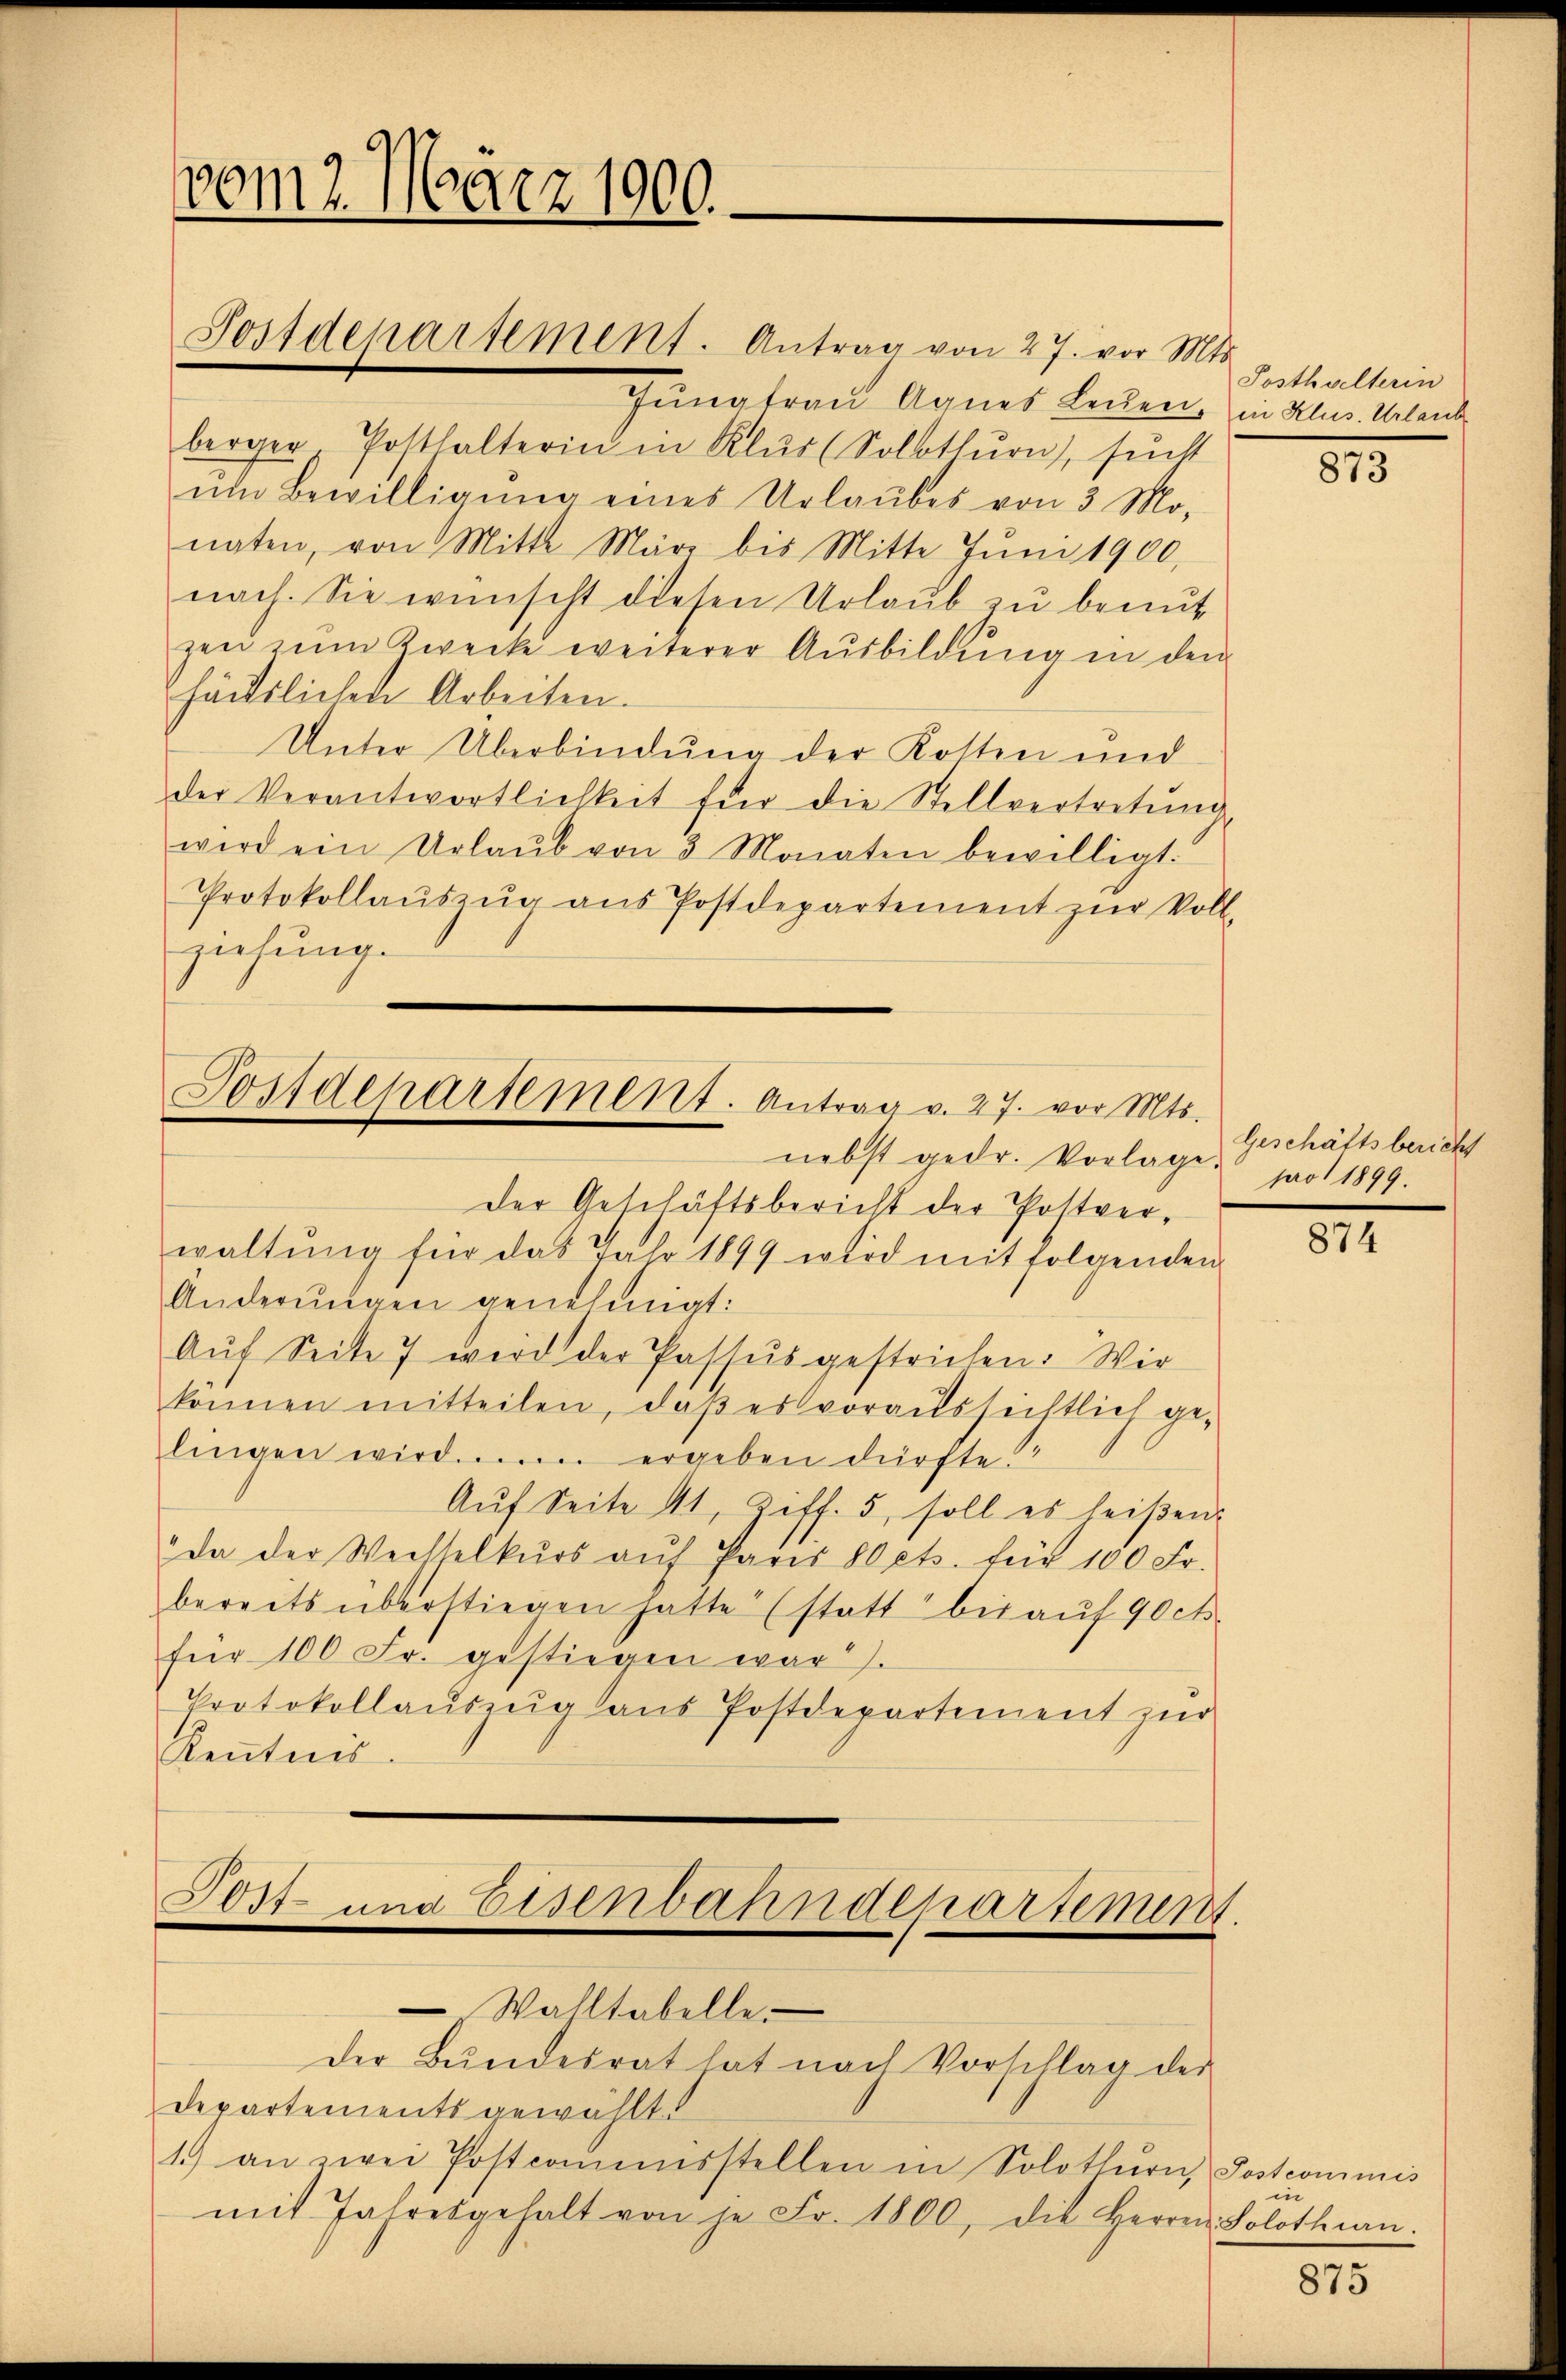
vom 2. März 1900.

Jungfrau Agnes Leuen, in Klus. Urlaub
berger Potthalterin in Klus (Solothurn, sucht
em Bewilligŭng eines Urlaubes von 3 Mo-
naten, von Mitte März bis Mitte Jŭni 1900,
nach. Sie wünscht diesen Urlaub zu benut
zen zum Zwecke weiterer Aŭsbildŭng in den
häuslichen Arbeiten.
Unter Überbindung der Kosten und
der Verantwortlichkeit für die Stellvertretŭng
wird ein Urlaŭb von 3 Monaten bewilligt.
Protokollaŭszŭg aŭs Postdepartement zŭr Voll-
ziehung.

Postdepartement. Antrag von 27. vor Mts.

Postdepartement. Antrag v. 27. vor Mts.
nebst gedr. Vorlage part 1899.

der Geschäftsbericht der Postverwaltung für das V Nr 1899 wird mit folgenden
Anderŭngen genehmigt:
Auf Seite 7 wird der Passus gestrichen. Wir
können mitteilen, daβ es voraussichtlich ge-
lingen wird. ergeben dürfte?
Aŭf Seite 41, Ziff. 5, soll es heißen:
da der Weittelkurs aŭf Paris lets. für 100 Fr.
bereits überstiegen hatte (statt bis aŭf 90 ct.
für 100 Fr. gestiegen war.
Protokollaŭszŭg aŭs Postdepartement zŭr
Kenntnis.

Post- und Eisenbahndepartement.
Walltabelle
der Bŭndesrat hat nach Vorschlag der

Departements gewählt.
1.) an zwei Postcommisstellen in Solothurn, Postcommis
mit Jahresgehalt von je Fr. 1800, die Herren Solothin.

Posthalterin

873

Geschäftsbericht

874

u

875